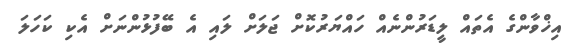
އިޚްވާންގެ އެތައް ލީޑަރުންނެއް ހައްޔަރުކޮށް ޖަލަށް ލައި އެ ބޭފުޅުންނަށް އެކި ކަހަލަ